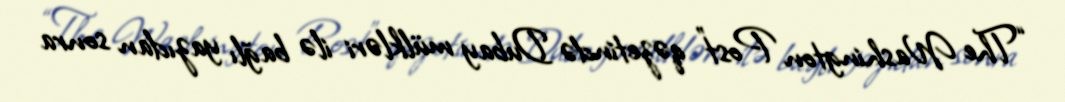
“The Washington Post” qəzetində Dubay mülkləri ilə bağlı yazıdan sonra